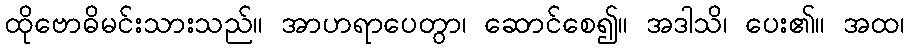
ထိုဗောဓိမင်းသားသည်။ အာဟရာပေတွာ၊ ဆောင်စေ၍။ အဒါသိ၊ ပေး၏။ အထ၊